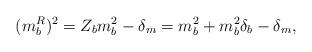
LaTeX: \begin{align*}(m_b^R)^2 = Z_b m_b^2 - \delta_m= m_b^2 + m_b^2 \delta_b - \delta_m ,\end{align*}